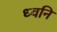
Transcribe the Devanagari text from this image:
ध्‍वनि